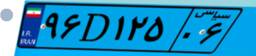
۹۶D۱۲۵۰۶